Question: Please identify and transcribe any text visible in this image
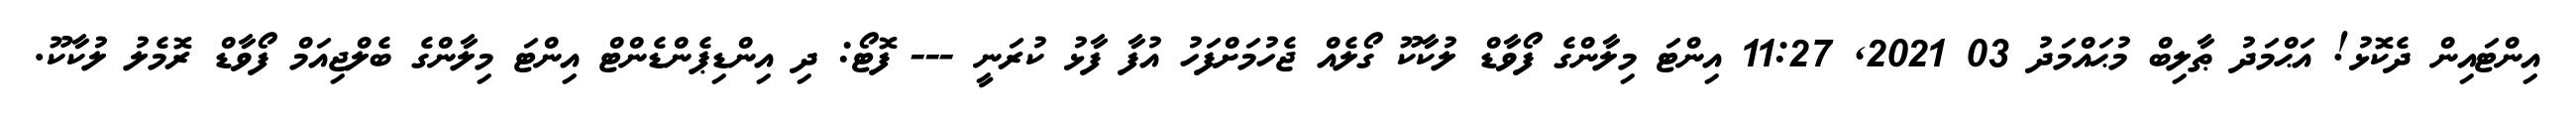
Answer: އިންޓައިން ދެކޮޅު! އަޙްމަދު ޠާލިބް މުޙައްމަދު 03 2021, 11:27 އިންޓަ މިލާންގެ ފޯވާޑް ލުކާކޫ ގޯލެއް ޖެހުމަށްފަހު އުފާ ފާޅު ކުރަނީ --- ފޮޓޯ: ދި އިންޑިޕެންޑެންޓް އިންޓަ މިލާންގެ ބެލްޖިއަމް ފޯވާޑް ރޮމެލު ލުކާކޫ.